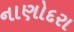
નાણોદરા